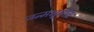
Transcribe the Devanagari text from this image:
जन्मभूमीत